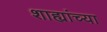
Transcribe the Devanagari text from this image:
शाह्यांच्या